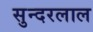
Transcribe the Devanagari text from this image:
सुन्‍दरलाल